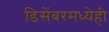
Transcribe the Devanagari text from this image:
डिसेंबरमध्येही